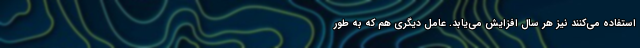
استفاده می‌کنند نیز هر سال افزایش می‌یابد. عامل دیگری هم که به طور